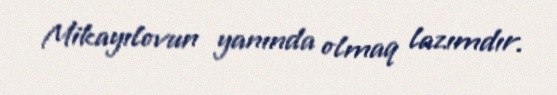
Mikayılovun yanında olmaq lazımdır.